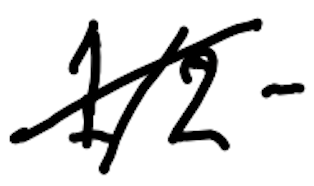
Text: 1/2-
Cross-out: diagonal
Writing tool: digital_black